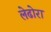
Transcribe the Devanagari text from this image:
लेढोरा